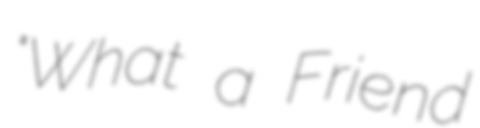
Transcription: "What a Friend